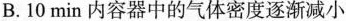
B.10min内容器中的气体密度逐渐减小